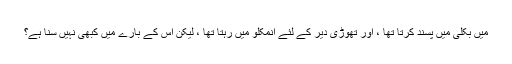
میں بکلی میں پسند کرتا تھا ، اور تھوڑی دیر کے لئے انمکلو میں رہتا تھا ، لیکن اس کے بارے میں کبھی نہیں سنا ہے؟